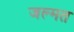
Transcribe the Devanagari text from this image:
जल्मत